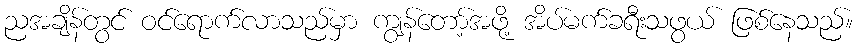
ညအချိန်တွင် ဝင်ရောက်လာသည်မှာ ကျွန်တော့်အဖို့ အိပ်မက်ခရီးသဖွယ် ဖြစ်နေသည်။